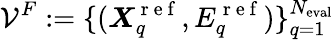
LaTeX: \mathcal{V}^{F}:=\{ (\boldsymbol{X}_{q}^{\mathrm{~r~e~f~}},E_{q}^{\mathrm{~r~e~f~}})\} _{q=1}^{N_{\mathrm{eval}}}